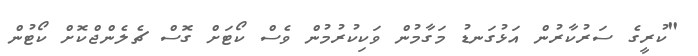
"ކުރީގެ ސަރުކާރުން އަޅުގަނޑު މަގާމުން ވަކިކުރުމުން ވެސް ކޯޓަށް ގޮސް ޗެލެންޖްކޮށް ކޯޓުން